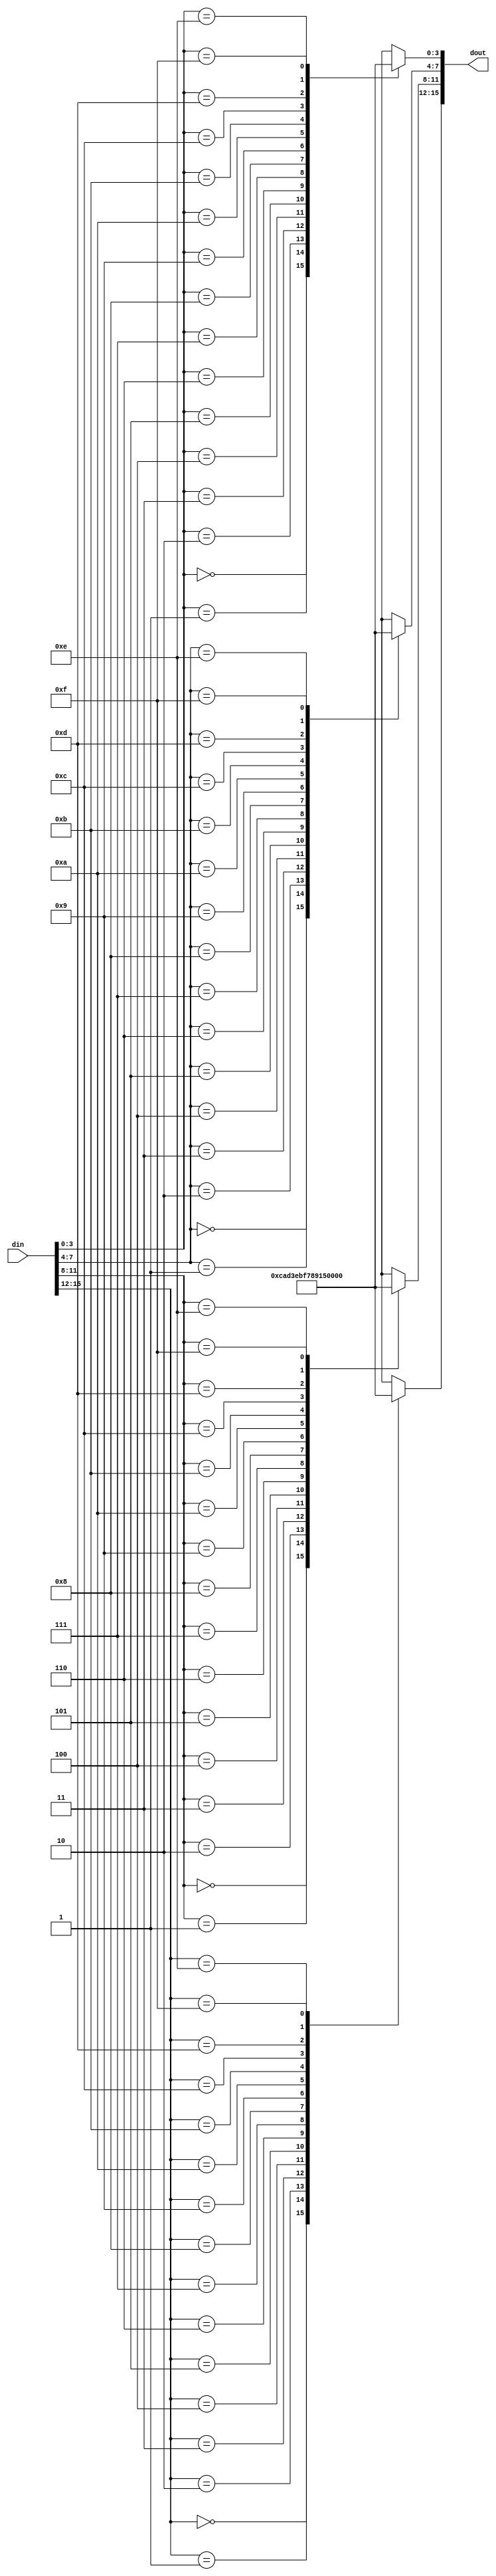
module craft_sbox (
    input  wire [WIDTH-1:0] din,
    output wire [WIDTH-1:0] dout
);
  localparam integer WIDTH = 16;
  localparam integer SBOX_WIDTH = 4;

  //----------------------------------------------------------------
  // The sbox array.
  //----------------------------------------------------------------
  wire [SBOX_WIDTH-1 : 0] sbox[0 : 2**SBOX_WIDTH -1];

  //----------------------------------------------------------------
  // Four parallel muxes.
  //----------------------------------------------------------------
  assign dout[15 : 12] = sbox[din[15 : 12]];
  assign dout[11 : 8] = sbox[din[11 : 8]];
  assign dout[7 : 4] = sbox[din[7 : 4]];
  assign dout[3 : 0] = sbox[din[3 : 0]];


  //----------------------------------------------------------------
  // Creating the sbox array contents.
  //----------------------------------------------------------------
  assign sbox[4'h0] = 4'hc;
  assign sbox[4'h1] = 4'ha;
  assign sbox[4'h2] = 4'hd;
  assign sbox[4'h3] = 4'h3;
  assign sbox[4'h4] = 4'he;
  assign sbox[4'h5] = 4'hb;
  assign sbox[4'h6] = 4'hf;
  assign sbox[4'h7] = 4'h7;
  assign sbox[4'h8] = 4'h8;
  assign sbox[4'h9] = 4'h9;
  assign sbox[4'ha] = 4'h1;
  assign sbox[4'hb] = 4'h5;
  assign sbox[4'hc] = 4'h0;
  assign sbox[4'hd] = 4'h2;
  assign sbox[4'he] = 4'h4;
  assign sbox[4'hf] = 4'h6;




endmodule